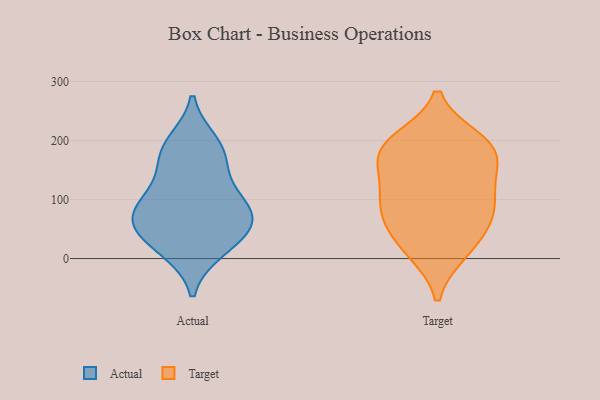
{"axis": {"x": "Inventory Turnover", "y": "Value"}, "legend": ["Actual", "Target"], "data": [{"x": "", "y": 62, "type": "Actual"}, {"x": "", "y": 104, "type": "Actual"}, {"x": "", "y": 78, "type": "Actual"}, {"x": "", "y": 23, "type": "Actual"}, {"x": "", "y": 181, "type": "Actual"}, {"x": "", "y": 174, "type": "Actual"}, {"x": "", "y": 45, "type": "Actual"}, {"x": "", "y": 75, "type": "Actual"}, {"x": "", "y": 196, "type": "Actual"}, {"x": "", "y": 71, "type": "Actual"}, {"x": "", "y": 128, "type": "Actual"}, {"x": "", "y": 15, "type": "Actual"}, {"x": "", "y": 145, "type": "Target"}, {"x": "", "y": 172, "type": "Target"}, {"x": "", "y": 200, "type": "Target"}, {"x": "", "y": 194, "type": "Target"}, {"x": "", "y": 127, "type": "Target"}, {"x": "", "y": 92, "type": "Target"}, {"x": "", "y": 59, "type": "Target"}, {"x": "", "y": 12, "type": "Target"}, {"x": "", "y": 53, "type": "Target"}, {"x": "", "y": 99, "type": "Target"}, {"x": "", "y": 84, "type": "Target"}, {"x": "", "y": 183, "type": "Target"}, {"x": "", "y": 188, "type": "Target"}, {"x": "", "y": 14, "type": "Target"}]}